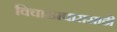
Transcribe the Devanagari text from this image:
विचारप्रचारासाठी